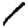
Digit: 1